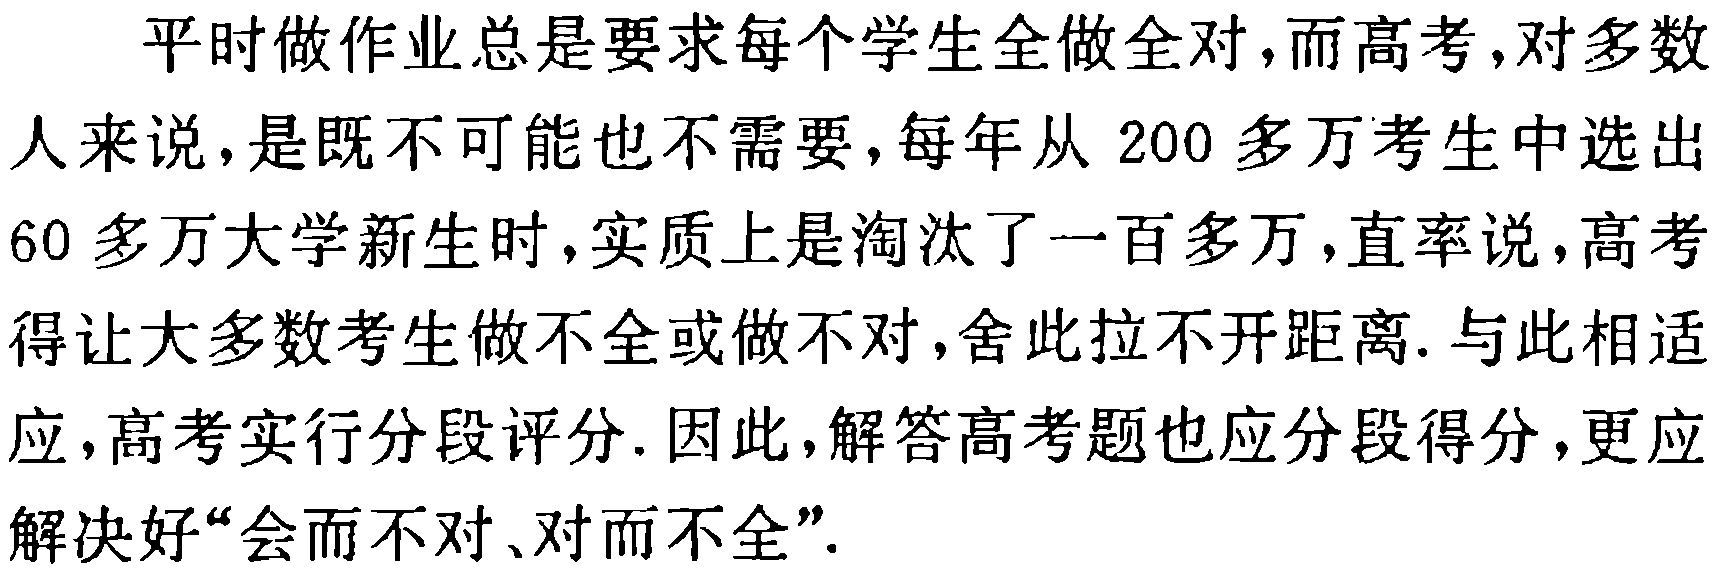
平时做作业总是要求每个学生全做全对,而高考,对多数人来说,是既不可能也不需要,每年从200多万考生中选出60多万大学新生时,实质上是淘汰了一百多万,直率说,高考得让大多数考生做不全或做不对,舍此拉不开距离. 与此相适应,高考实行分段评分. 因此,解答高考题也应分段得分,更应解决好“会而不对、对而不全”.